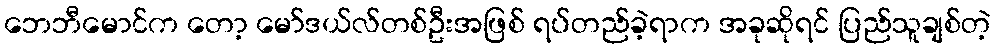
ဘေဘီမောင်က တော့ မော်ဒယ်လ်တစ်ဦးအဖြစ် ရပ်တည်ခဲ့ရာက အခုဆိုရင် ပြည်သူချစ်တဲ့